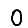
Digit: 0